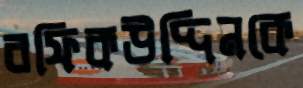
রফিকউদ্দিনকে